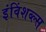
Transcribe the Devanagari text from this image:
इंविंशब्ल्स